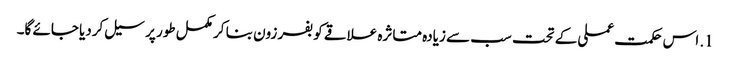
1. اس حکمت عملی کے تحت سب سے زیادہ متاثرہ علاقے کو بفر زون بنا کر مکمل طور پر سیل کردیا جائے گا۔